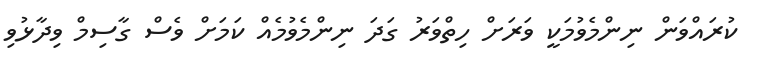
ކުރައްވަން ނިންމެވުމަކީ ވަރަށް ހިތްވަރު ގަދަ ނިންމެވުމެއް ކަމަށް ވެސް ގާސިމް ވިދާޅުވި